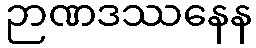
ဉာဏဒဿနေန